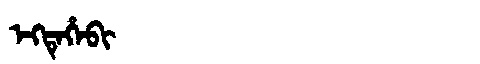
Manchu: ᡝᡴᡨᡝᡥᡝᠪᡳ
Romanization: EKTEHEBI